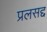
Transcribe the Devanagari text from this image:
प्रलसद्द